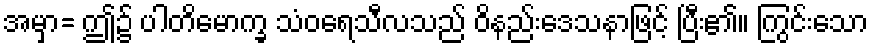
အမှာ= ဤ၌ ပါတိမောက္ခ သံဝရေသီလသည် ဝိနည်းဒေသနာဖြင့် ပြီး၏။ ကြွင်းသော